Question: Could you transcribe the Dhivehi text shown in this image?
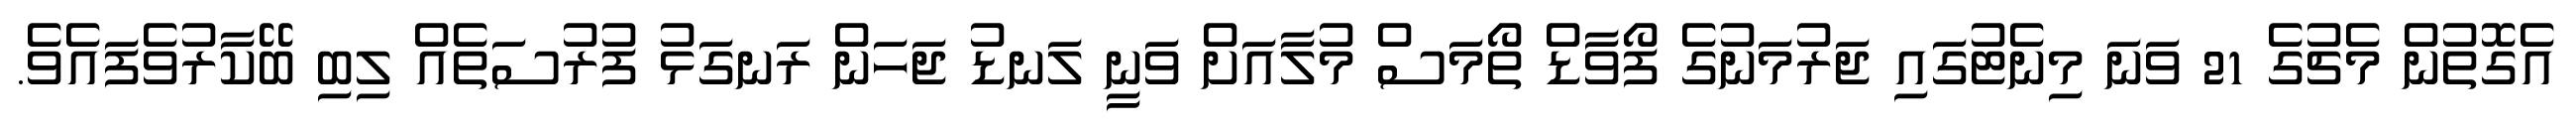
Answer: އެގޮތުން މެޗުގެ 21 ވަނަ މިނެޓުގައި ޖަރުމަނުގެ ފޯވާޑް ތޯމަސް މުލާއަށް ވަނީ ލަނޑު ޖަހަން ރަނގަޅު ފުރުސަތެއް ލިބި ބޭކާރުވެފައެވެ.